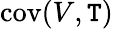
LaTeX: \operatorname{cov}(V,\mathtt{T})